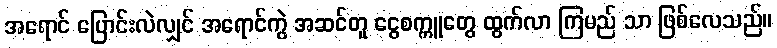
အရောင် ပြောင်းလဲလျှင် အရောင်ကွဲ အဆင်တူ ငွေစက္ကူတွေ ထွက်လာ ကြမည် သာ ဖြစ်လေသည်။